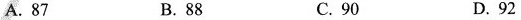
A.87 B.88 C.90 D.92